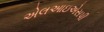
એલઆઇએસપી